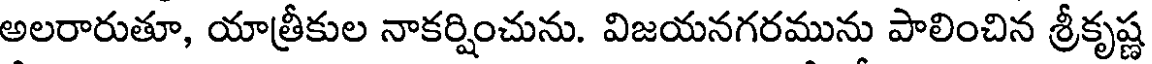
అలరారుతూ, యాత్రీకుల నాకర్షించును. విజయనగరమును పాలించిన శ్రీకృష్ణ